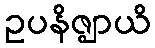
ဥပနိဇ္ဈာယိ